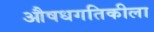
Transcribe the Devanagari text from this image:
औषधगतिकीला